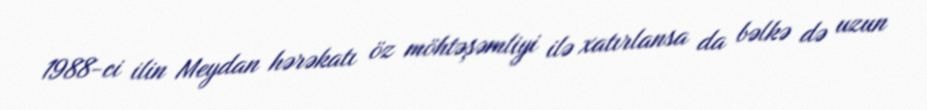
1988-ci ilin Meydan hərəkatı öz möhtəşəmliyi ilə xatırlansa da bəlkə də uzun